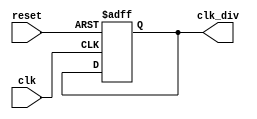
`timescale 1ns / 1ps
//////////////////////////////////////////////////////////////////////////////////
// Company: 
// Engineer: 
// 
// Design Name: 
// Module Name: shifter
// Project Name: 
// Target Devices: 
// Tool Versions: 
// Description: 
// 
// Dependencies: 
// 
// Revision:
// Revision 0.01 - File Created
// Additional Comments:
// 
//////////////////////////////////////////////////////////////////////////////////
module clk_divider (
    input clk,
    input reset,
    output reg clk_div
    );

    reg [3:0] counter = 0;

    always @(posedge clk or posedge reset) begin
        if (reset) begin
            counter <= 0;
            clk_div <= 0;
        end
        else begin
            counter <= counter + 1;
            if (counter == 50) begin
                counter <= 0;
                clk_div <= ~clk_div;
            end
        end
    end
endmodule


module shifter (
  input wire clk,           // Reloj
  input wire rst,           // Reset
  input wire [7:0] data,    //bits 11-4
  input wire [7:0] data_in, // Datos de entrada
  output reg [7:0] q        // Salida del shift register
);
  integer width_;
  integer i;
  
  wire clk_div;
  
  clk_divider clk_d(clk, reset, clk_div);
  
  always @* begin
    width_ = 0;
    for (i = 3 ; i <= 7 ; i = i + 1)begin
      if (data[i] == 1) begin
        width_ = width_ + (2 ** (i-3));
      end
    end
  end
  
  always @(posedge clk_div or posedge rst) begin
    if (rst) begin
      q <= 8'b0;  // Reset del registro
    end else begin
      // Realizar operaciones segn el control de entrada
      casex (data[2:1])
        2'b00: begin
          q <= q << width_; // Shift left LSL
        end
        2'b01: begin
          q <= q >> width_; // Shift right LSR
        end
        2'b11: q <= data_in; // Load
        default: ; // No hace nada para 2'b00
      endcase
    end
  end

endmodule